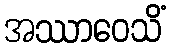
အဿာဝေသိံ